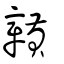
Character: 贑